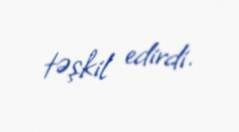
təşkil edirdi.